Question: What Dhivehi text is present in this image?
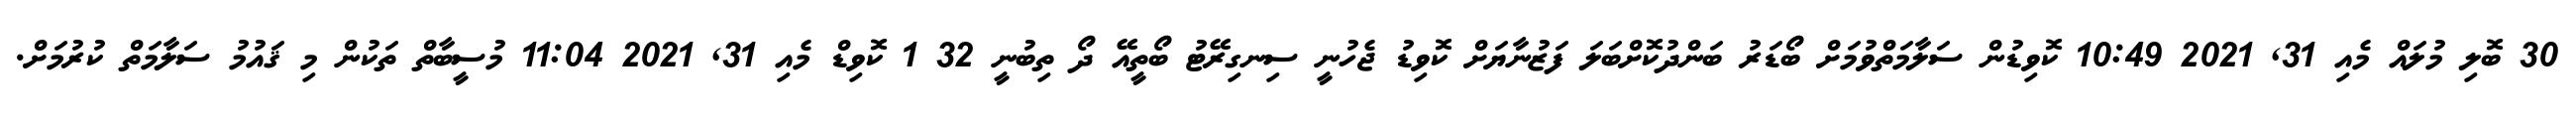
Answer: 30 ބޮލި މުލައް މެއި 31, 2021 10:49 ކޮވިޑުން ސަލާމަތްވުމަށް ބޯޑަރު ބަންދުކޮށްބަލަ ފަޒުނާޔަށް ކޮވިޑު ޖެހުނީ ސިނގިރޭޓު ބޯތީއޭ ދޯ ތިބުނީ 32 1 ކޮވިޑް މެއި 31, 2021 11:04 މުސީބާތް ތަކުން މި ޤައުމު ސަލާމަތް ކުރުމަށް.